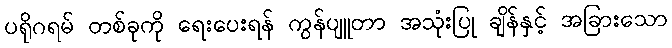
ပရိုဂရမ် တစ်ခုကို ရေးပေးရန် ကွန်ပျူတာ အသုံးပြု ချိန်နှင့် အခြားသော